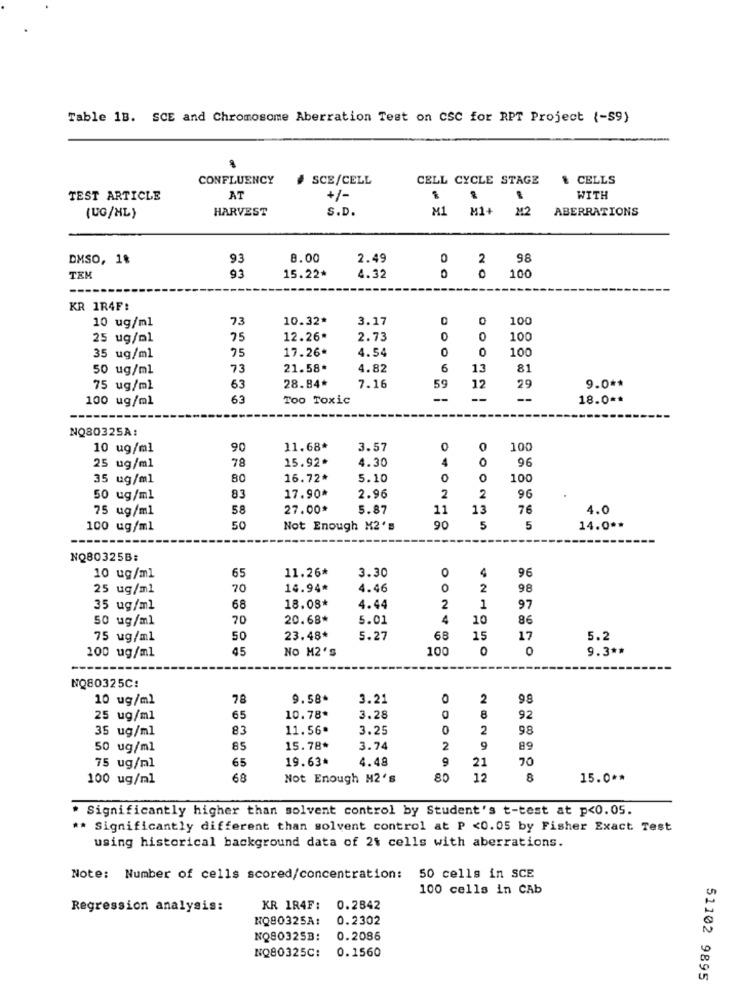
Table 1B. SCE and Chromosome Aberration Test on CSC for RPT Project {-$9)
CONFLUENCY
SCE/CELL
CELL CYCLE STAGE
& CELLS
TEST ARTICLE
AT
+/-
WITH
HARVEST
S.D.
M1 M1+
M2
ABERRATIONS
(UG/XL)
DMSO, 1%
93
8.00
2.49
0
2
98
93
15.22*
4.32
100
TEM
KR 1R4F:
10 ug/ml
73
10.32*
3.17
0
100
25 ug/ml
75
12.26*
2.73
0
0
100
17.26*
0
100
35 ug/ml
75
4.54
50 ug/ml
73
21.58*
4.82
6
13
81
28.84*
59
75 ug/ml
63
7.16
12
29
9.0 **
100 ug/ml
63
Too Toxic
--
--
--
18.0 **
NQ80325A:
10 ug/ml
90
11.68*
3.57
0
100
78
15.92*
4.30
4
96
25 ug/ml
35 ug/ml
80
16.72*
5.10
100
17.90*
50 ug/ml
83
2.96
2
2
96
75 ug/ml
58
27.00*
5.87
11
13
76
4.0
100 ug/ml
50
Not Enough M2's
90
5
5
14.0 **
---
NQ80325B:
11.26*
3.30
0
4
96
10 ug/ml
65
25 ug/ml
70
14.94*
4.46
0
2
98
35 ug/ml
68
18.08*
4.44
2
1
97
50 ug/ml
70
20.68*
5.01
4
10
86
75 ug/ml
50
23.48*
5.27
68
15
17
5.2
100 ug/ml
45
NO M2'S
100
0
O
9.3 **
NQ80325C:
BL
10 ug/ml
9.58*
3.21
2
99
25 ug/ml
65
10.78*
3.28
8
92
35 ug/ml
83
11.56
3.25
0
QDO
2
98
50 ug/ml
85
15.78*
3.74
2
9
89
65
19.63*
4.48
9
21
70
75 ug/ml
100 ug/nl
68
Not Enough M2's
80
12
8
15.0 **
* Significantly higher than solvent control by Student's t-test at p<0.05.
** Significantly different than solvent control at P <0.05 by Fisher Exact Test
using historical background data of 2t cells with aberrations.
Note: Number of cells scored/concentration: 50 cells in SCE
100 cells in CAb
Regression analysis:
KR 1R4F:
0.2842
NQ80325A:
0.2302
NQ803253:
0.2086
NQ80325C:
0.1560
51102 9895